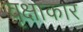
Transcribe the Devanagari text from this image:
वृक्षाकार